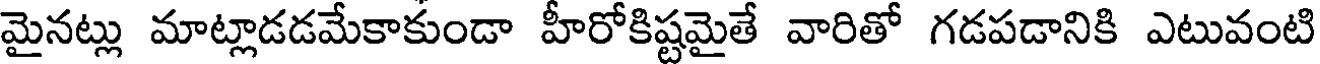
మైనట్లు మాట్లాడడమేకాకుండా హీరోకిష్టమైతే వారితో గడపడానికి ఎటువంటి